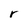
Character: r